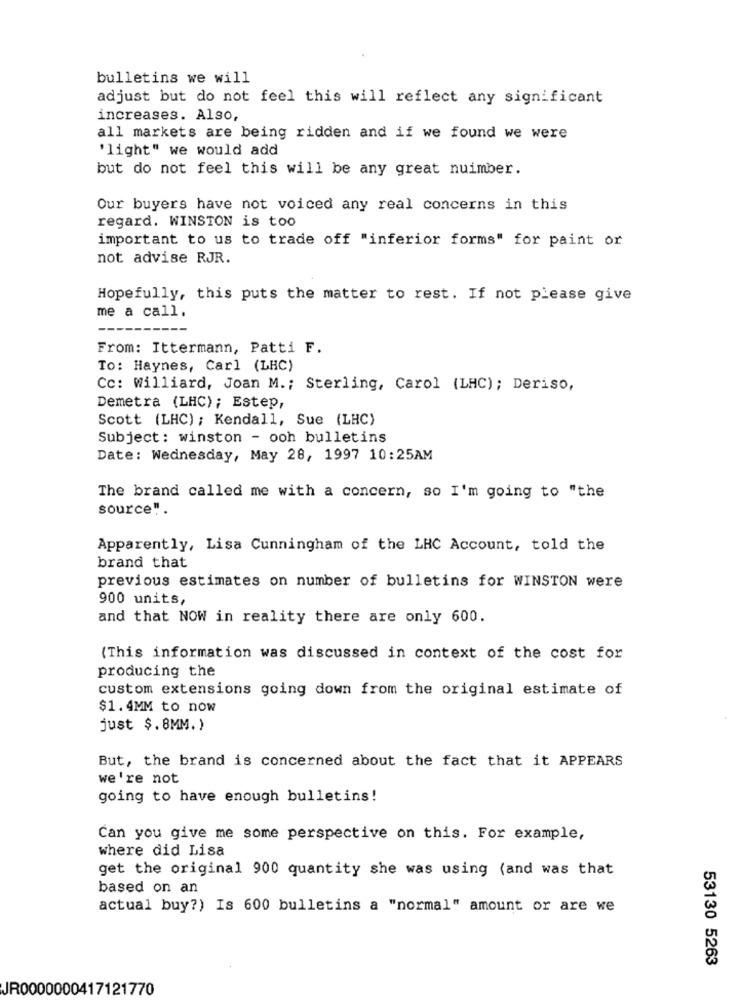
bulletins we will
adjust but do not feel this will reflect any significant
increases. Also,
all markets are being ridden and if we found we were
'light" we would add
but do not feel this will be any great nuimber.
Our buyers have not voiced any real concerns in this
regard. WINSTON is too
important to us to trade off "inferior forms" for paint or
not advise RJR.
Hopefully, this puts the matter to rest. If not please give
me a call.
----
From: Ittermann, Patti F.
To: Haynes, Carl (LHC)
Cc: Williard, Joan M .; Sterling, Carol (LHC); Deriso,
Demetra (LHC); Estep,
Scott (LHC) ; Kendall, Sue (LHC)
Subject: winston - ooh bulletins
Date: Wednesday, May 28, 1997 10:25AM
The brand called me with a concern, so I'm going to "the
source" .
Apparently, Lisa Cunningham of the LHC Account, told the
brand that
previous estimates on number of bulletins for WINSTON were
900 units,
and that NOW in reality there are only 600.
(This information was discussed in context of the cost for
producing the
custom extensions going down from the original estimate of
$1.4MM to now
just $.8MM. )
But, the brand is concerned about the fact that it APPEARS
we're not
going to have enough bulletins!
Can you give me some perspective on this. For example,
where did Lisa
get the original 900 quantity she was using (and was that
based on an
actual buy?) Is 600 bulletins a "normal" amount or are we
53130 5263
JR0000000417121770